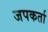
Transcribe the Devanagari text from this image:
जपकर्ता